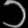
Digit: ၁